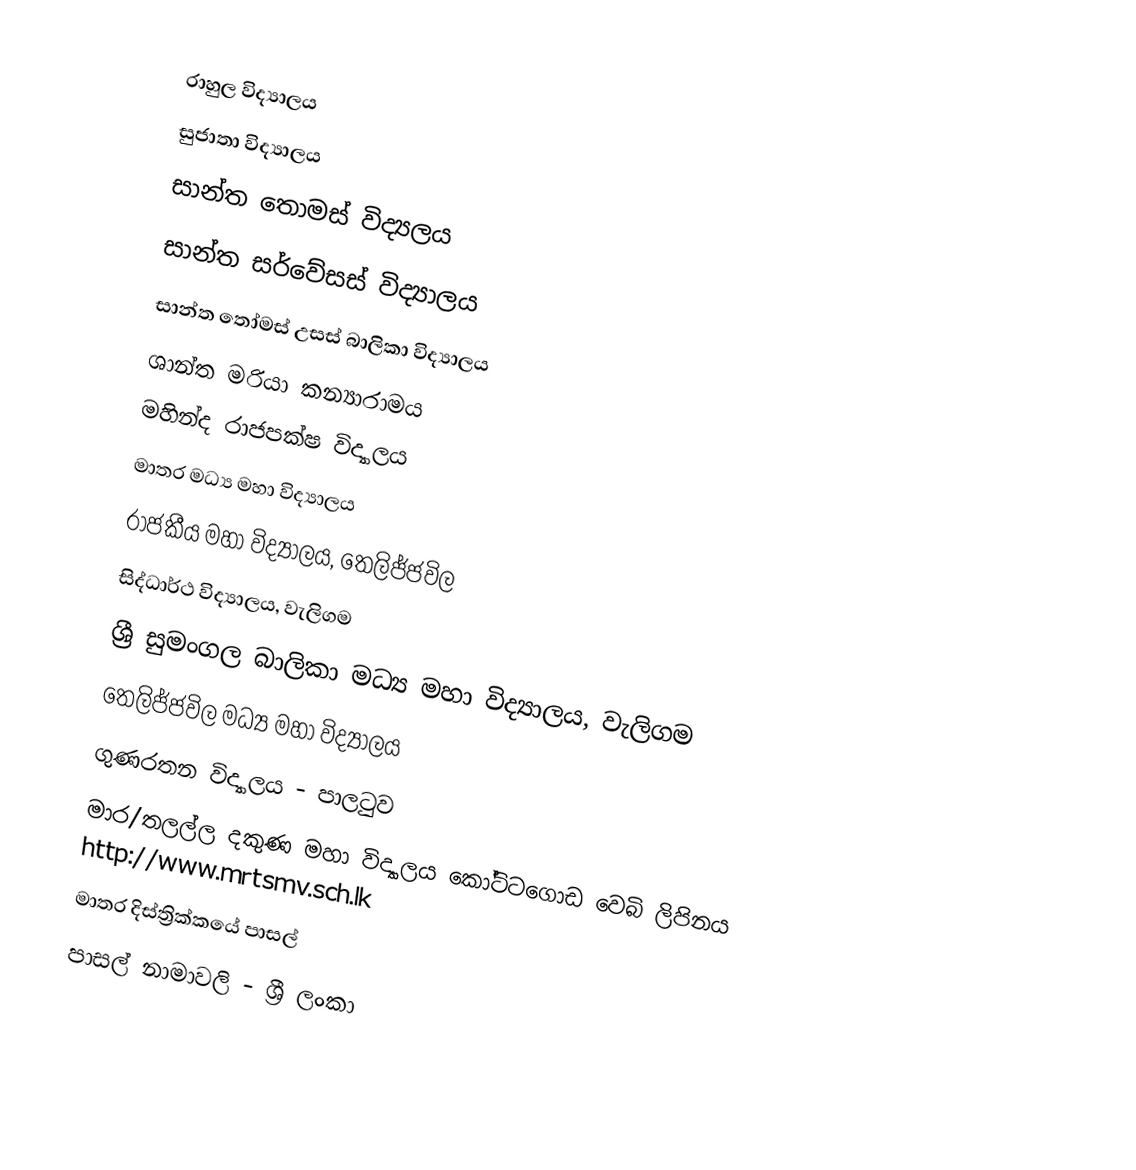
රාහුල විද්‍යාලය
 සුජාතා විද්‍යාලය
 සාන්ත තොමස් විද්‍යලය
 සාන්ත සර්වේසස් විද්‍යාලය
 සාන්ත තෝමස් උසස් බාලිකා විද්‍යාලය
 ශාන්ත මරියා කන්‍යාරාමය
 මහින්ද රාජපක්ෂ විද්‍යාලය
 මාතර මධ්‍ය මහා විද්‍යාලය
 රාජකීය මහා විද්‍යාලය, තෙලිජ්ජවිල
 සිද්ධාර්ථ විද්‍යාලය, වැලිගම
 ශ්‍රී සුමංගල බාලිකා මධ්‍ය මහා විද්‍යාලය, වැලිගම
 තෙලිජ්ජවිල මධ්‍ය මහා විද්‍යාලය
 ගුණරතන විද්‍යාලය - පාලටුව
 මාර/තලල්ල දකුණ මහා විද්‍යාලය කෝටිටගොඩ  වෙබි ලිපිනය http://www.mrtsmv.sch.lk
මාතර දිස්ත්‍රික්කයේ පාසල්
පාසල් නාමාවලි - ශ්‍රී ලංකා